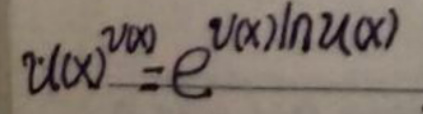
$u(x)^{v(x)} = e^{v(x)\ln u(x)}$